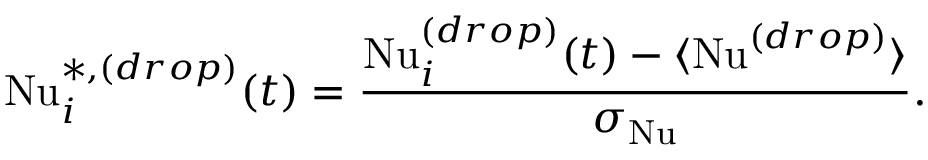
\mathrm { N u } _ { i } ^ { * , ( d r o p ) } ( t ) = \frac { \mathrm { N u } _ { i } ^ { ( d r o p ) } ( t ) - \langle \mathrm { N u } ^ { ( d r o p ) } \rangle } { \sigma _ { \mathrm { N u } } } .